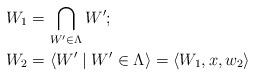
LaTeX: \begin{align*} W_1 &= \bigcap\limits_{W'\in \Lambda} W'; \\ W_2 &= \langle W' \mid W'\in\Lambda\rangle = \langle W_1, x, w_2\rangle\end{align*}